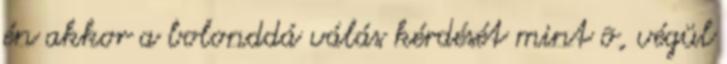
én akkor a bolonddá válás kérdését mint õ, végül